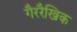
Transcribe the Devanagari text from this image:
गैररैखिक